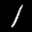
Label: 1